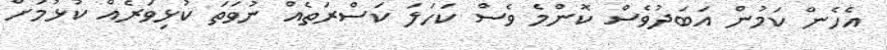
އެހެން ކަމުން އަބަދުވެސް ކޮންމެ ވެސް ކަހަލަ ކަސްރަތެއް ނުވަތަ ކުޅިވަރެއް ކުޅުމަށް